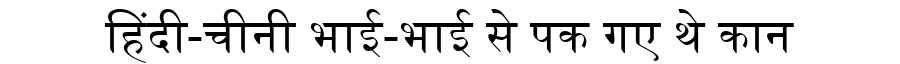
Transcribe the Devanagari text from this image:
हिंदी-चीनी भाई-भाई से पक गए थे कान